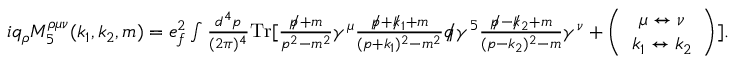
\begin{array} { r } { i q _ { \rho } M _ { 5 } ^ { \rho \mu \nu } ( k _ { 1 } , k _ { 2 } , m ) = e _ { f } ^ { 2 } \int \frac { d ^ { 4 } p } { ( 2 \pi ) ^ { 4 } } \mathrm { { T r } } [ \frac { p \! \! \! / + m } { p ^ { 2 } - m ^ { 2 } } \gamma ^ { \mu } \frac { p \! \! \! / + k \! \! \! / _ { 1 } + m } { ( p + k _ { 1 } ) ^ { 2 } - m ^ { 2 } } q \! \! \! / \gamma ^ { 5 } \frac { p \! \! \! / - k \! \! \! / _ { 2 } + m } { ( p - k _ { 2 } ) ^ { 2 } - m } \gamma ^ { \nu } + \left( \begin{array} { c } { \mu \leftrightarrow \nu } \\ { k _ { 1 } \leftrightarrow k _ { 2 } } \end{array} \right) ] . } \end{array}